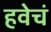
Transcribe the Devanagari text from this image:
हवेचं